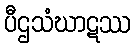
ပီဌသံဃာဋဿ